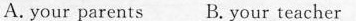
A. your parents B. Your teacher